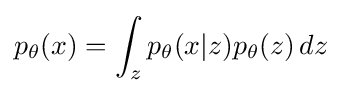
p_{\theta }(x)=\int _{z}p_{\theta }({x|z})p_{\theta }(z)\,dz